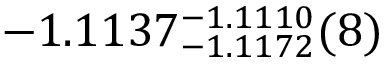
- 1 . 1 1 3 7 _ { - 1 . 1 1 7 2 } ^ { - 1 . 1 1 1 0 } ( 8 )